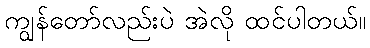
ကျွန်တော်လည်းပဲ အဲလို ထင်ပါတယ်။